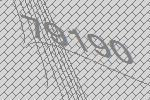
79190